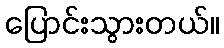
ပြောင်းသွားတယ်။